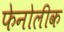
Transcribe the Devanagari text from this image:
फेनोलीक